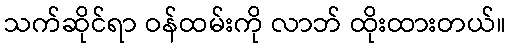
သက်ဆိုင်ရာ ဝန်ထမ်းကို လာဘ် ထိုးထားတယ်။